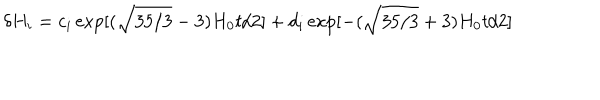
LaTeX: \delta H _ { i } = c _ { i } \exp [ ( \sqrt { 3 5 / 3 } - 3 ) H _ { 0 } t / 2 ] + d _ { i } \exp [ - ( \sqrt { 3 5 / 3 } + 3 ) H _ { 0 } t / 2 ]